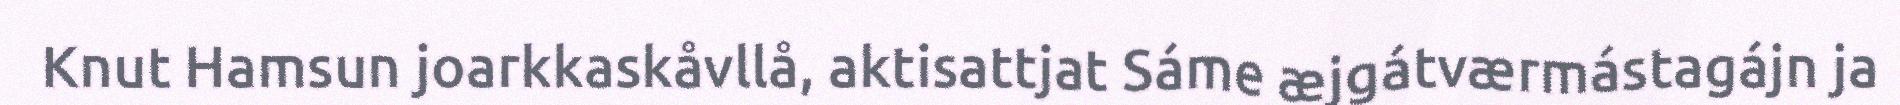
Knut Hamsun joarkkaskåvllå, aktisattjat Sáme æjgátværmástagájn ja